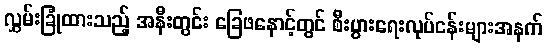
လွှမ်းခြုံထားသည့် အနီးတွင်း ခြေဖနောင့်တွင် စီးပွားရေးလုပ်ငန်းများအနက်